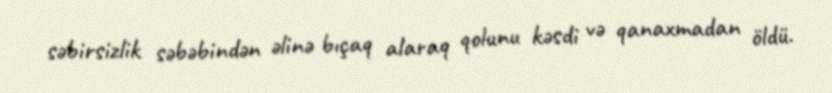
səbirsizlik səbəbindən əlinə bıçaq alaraq qolunu kəsdi və qanaxmadan öldü.